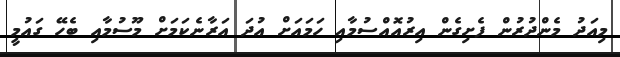
މިއަދު މެންދުރުން ފެށިގެން އިރުއޮއްސުމާއި ހަމައަށް އުދަ އަރާނެކަމަށް މޫސުމާއި ބެހޭ ގައުމީ